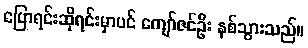
ပြောရင်းဆိုရင်းမှာပင် ကျော်ဇင်ဦး နစ်သွားသည်။